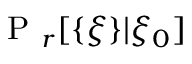
\mathrm { ~ P ~ } _ { r } [ \{ \xi \} | \xi _ { 0 } ]